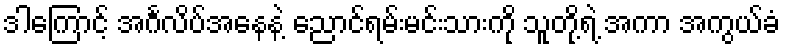
ဒါကြောင့် အင်္ဂလိပ်အနေနဲ့ ညောင်ရမ်းမင်းသားကို သူတို့ရဲ့ အကာ အကွယ်ခံ